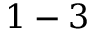
1 - 3